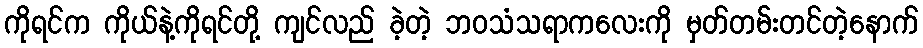
ကိုရင်က ကိုယ်နဲ့ကိုရင်တို့ ကျင်လည် ခဲ့တဲ့ ဘဝသံသရာကလေးကို မှတ်တမ်းတင်တဲ့နောက်